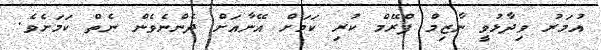
އުމަރު ވިދާޅުވީ ނާޒިމް ފްރޭމް ކުރި ކަމަށް އޭނާއަށް ދެންނެވެން ނެތް ކަމަށެވެ.